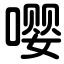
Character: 嘤